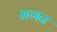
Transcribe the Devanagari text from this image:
भगन